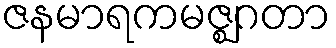
ဇနမာရကမဇ္ဈဂတာ